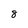
Character: 8